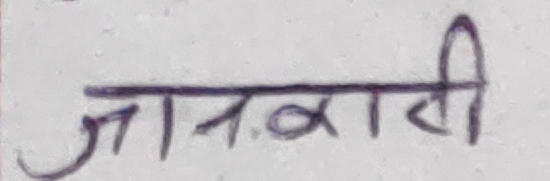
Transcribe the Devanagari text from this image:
जनवरी